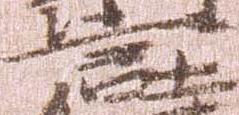
言